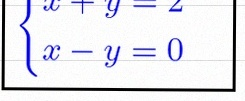
\begin{cases}x+y=2\\x-y=0\end{cases}